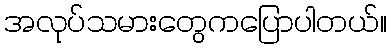
အလုပ်သမားတွေကပြောပါတယ်။